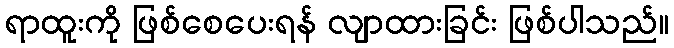
ရာထူးကို ဖြစ်စေပေးရန် လျာထားခြင်း ဖြစ်ပါသည်။